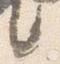
言